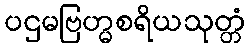
ပဌမဗြဟ္မစရိယသုတ္တံ